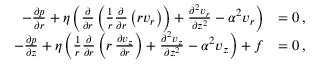
\begin{array} { r l } { - \frac { \partial p } { \partial r } + \eta \left( \frac { \partial } { \partial r } \left( \frac { 1 } { r } \frac { \partial } { \partial r } \left( r v _ { r } \right) \right) + \frac { \partial ^ { 2 } v _ { r } } { \partial z ^ { 2 } } - \alpha ^ { 2 } v _ { r } \right) } & { = 0 \, , } \\ { - \frac { \partial p } { \partial z } + \eta \left( \frac { 1 } { r } \frac { \partial } { \partial r } \left( r \, \frac { \partial v _ { z } } { \partial r } \right) + \frac { \partial ^ { 2 } v _ { z } } { \partial z ^ { 2 } } - \alpha ^ { 2 } v _ { z } \right) + f } & { = 0 \, , } \end{array}